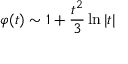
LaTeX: \varphi ( t ) \sim 1 + { \frac { t ^ { 2 } } { 3 } } \ln | t |